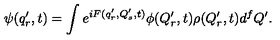
\psi ( q _ { r } ^ { \prime } , t ) = \int e ^ { i F ( q _ { r } ^ { \prime } , Q _ { s } ^ { \prime } , t ) } \phi ( Q _ { r } ^ { \prime } , t ) \rho ( Q _ { r } ^ { \prime } , t ) d ^ { f } Q ^ { \prime } .